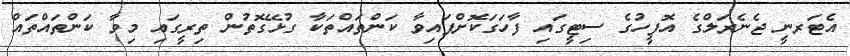
އެޓަރނީ ޖެނެރަލްގެ އޮފީހުގެ ސިޓީގައި ފާހަގަކޮށްފައިވާ ކަންތައްތަކާ ގުޅޭގޮތުން ތިރީގައި މިވާ ކަންތައްތައް